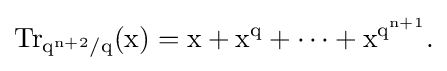
{\rm {{Tr}_{q^{n+2}/q}(x)=x+x^{q}+\cdots +x^{q^{n+1}}.}}